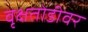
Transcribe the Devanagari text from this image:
वृक्षतोडीवर